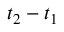
t _ { 2 } - t _ { 1 }